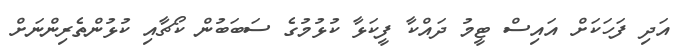
އަދި ފަހަކަށް އައިސް ޓީމު ދައްކާ ފީކަޅާ ކުޅުމުގެ ސަބަބުން ކޯޗާއި ކުޅުންތެރިންނަށް